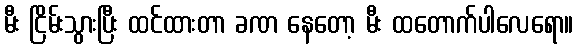
မီး ငြိမ်းသွားပြီး ထင်ထားတာ ခဏ နေတော့ မီး ထတောက်ပါလေရော။